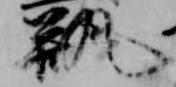
瓶